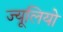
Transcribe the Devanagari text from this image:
ज्यूलियो